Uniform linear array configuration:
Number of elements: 12
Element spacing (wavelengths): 0.25
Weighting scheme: blackman
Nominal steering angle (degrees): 30
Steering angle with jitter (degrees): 29.144
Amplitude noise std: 0.05
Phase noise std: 0.05

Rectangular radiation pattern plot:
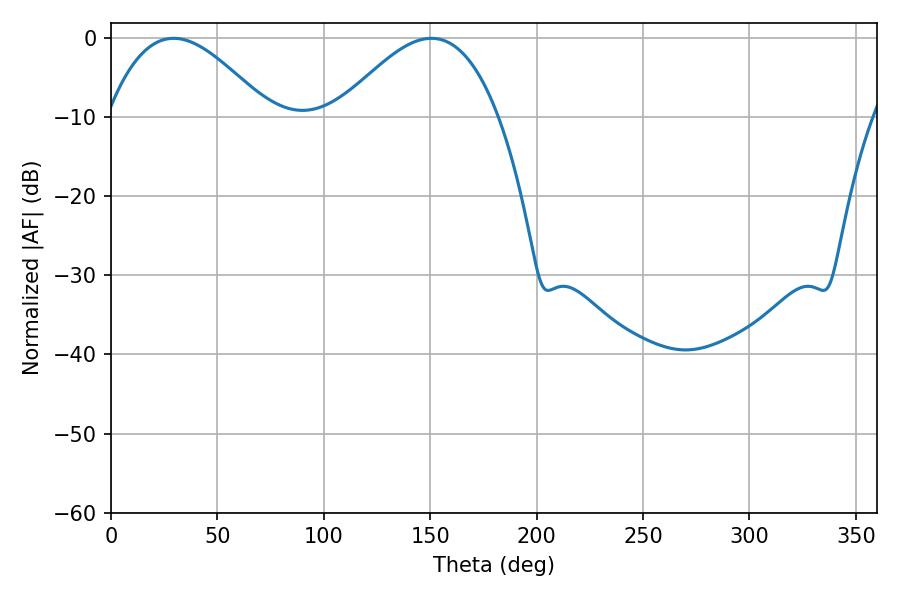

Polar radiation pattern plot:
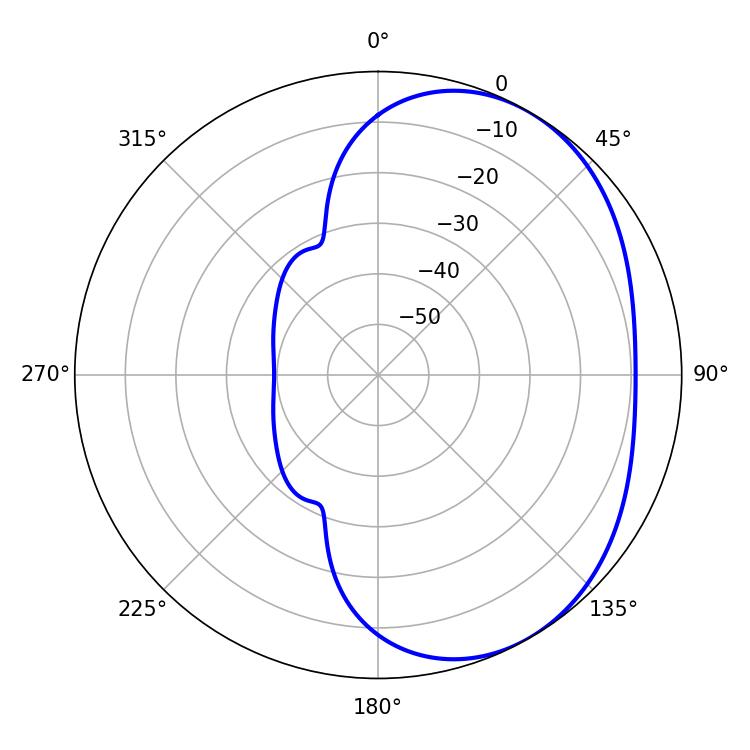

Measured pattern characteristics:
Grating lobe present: FALSE
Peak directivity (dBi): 3.593
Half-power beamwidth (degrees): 41.04
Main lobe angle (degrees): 29.52